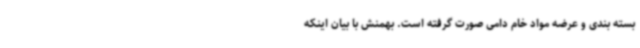
بسته بندی و عرضه مواد خام دامی صورت گرفته است. بهمنش با بیان اینکه